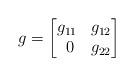
LaTeX: \begin{align*}g=\begin{bmatrix}g_{11} & g_{12} \\\ 0 & g_{22}\end{bmatrix}\end{align*}